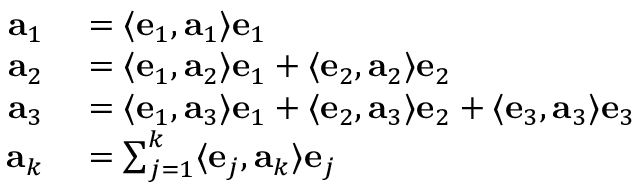
\begin{array} { r l } { \mathbf { a } _ { 1 } } & { { } = \langle \mathbf { e } _ { 1 } , \mathbf { a } _ { 1 } \rangle \mathbf { e } _ { 1 } } \\ { \mathbf { a } _ { 2 } } & { { } = \langle \mathbf { e } _ { 1 } , \mathbf { a } _ { 2 } \rangle \mathbf { e } _ { 1 } + \langle \mathbf { e } _ { 2 } , \mathbf { a } _ { 2 } \rangle \mathbf { e } _ { 2 } } \\ { \mathbf { a } _ { 3 } } & { { } = \langle \mathbf { e } _ { 1 } , \mathbf { a } _ { 3 } \rangle \mathbf { e } _ { 1 } + \langle \mathbf { e } _ { 2 } , \mathbf { a } _ { 3 } \rangle \mathbf { e } _ { 2 } + \langle \mathbf { e } _ { 3 } , \mathbf { a } _ { 3 } \rangle \mathbf { e } _ { 3 } } \\ { \mathbf { a } _ { k } } & { { } = \sum _ { j = 1 } ^ { k } \langle \mathbf { e } _ { j } , \mathbf { a } _ { k } \rangle \mathbf { e } _ { j } } \end{array}